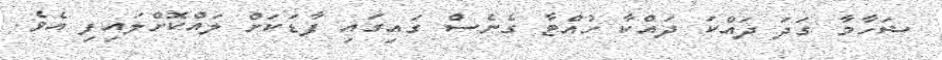
ޝަހާމާ ގަދަ ދައްކަ ދައްކާ ހުއްޓާ ގެނެސް ގައިގައި ފާޑަކަށް ލައްކޮށްލައިފި އެވެ.